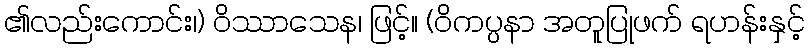
၏လည်းကောင်း၊) ဝိဿာသေန၊ ဖြင့်။ (ဝိကပ္ပနာ အတူပြုဖက် ရဟန်းနှင့်